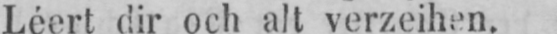
Léert dir och alt verzeihen.